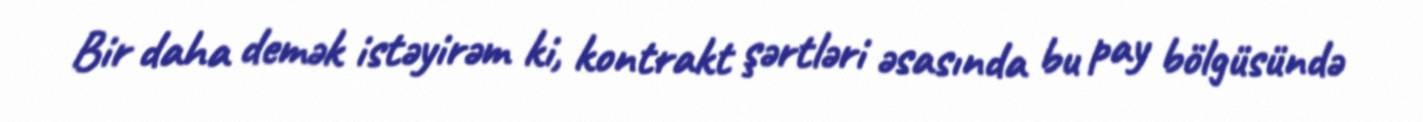
Bir daha demək istəyirəm ki, kontrakt şərtləri əsasında bu pay bölgüsündə